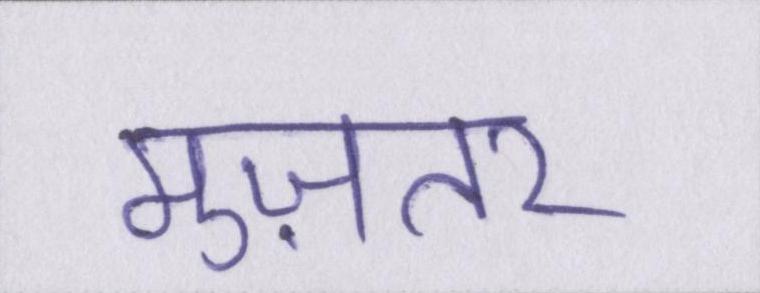
मुज़तर